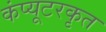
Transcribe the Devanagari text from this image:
कंप्यूटरकृत